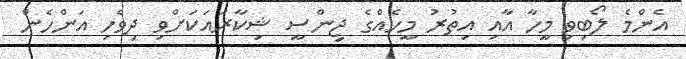
އެންމެ ލޯބިވި މީހާ އާއި އިތުރު މީހެއްގެ ޖިންސީ ޝިކާރައަކަށްވި ދިވެހި އަންހެން